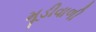
મૂડીવાળી